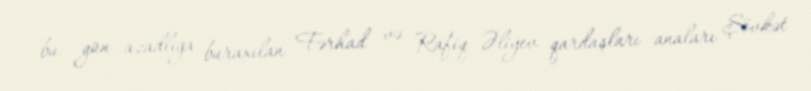
bu gün azadlığa buraxılan Fərhad və Rafiq Əliyev qardaşları anaları Şövkət